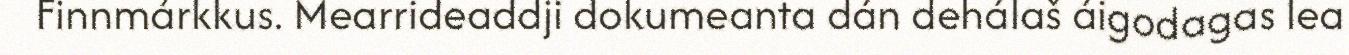
Finnmárkkus. Mearrideaddji dokumeanta dán dehálaš áigodagas lea